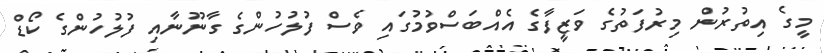
މީގެ އިތުރުން މިރުފަތުގެ ވަޒީފާގެ އެއްބަސްވުމުގައި ވެސް ފުލުހުންގެ ގާނޫނާއި ފުލުހުންގެ ކޯޑް